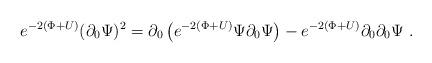
LaTeX: \begin{align*}e^{-2 \left(\Phi+U\right)} (\partial_0\Psi)^2 = \partial_0\left(e^{-2 \left(\Phi+U\right)} \Psi \partial_0\Psi \right) -e^{-2 \left(\Phi+U\right)} \partial_0 \partial_0 \Psi \ . \end{align*}